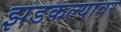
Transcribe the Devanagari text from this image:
झडकल्यावर